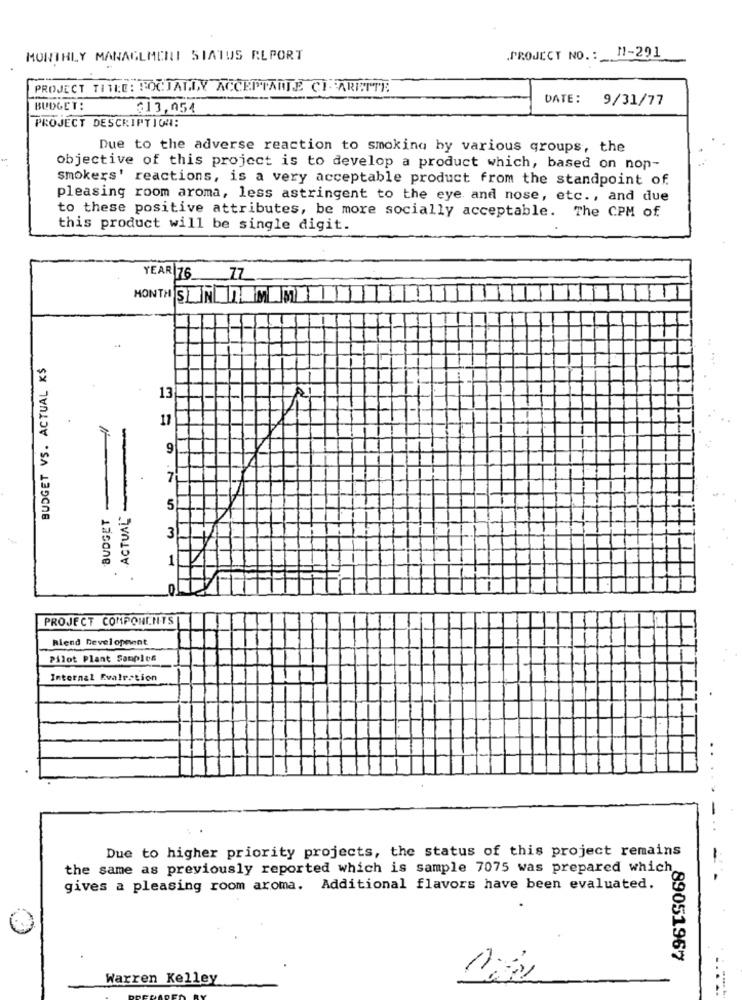
.PROJECT NO .: N1-291
MONTHLY MANAGEMENT STATUS REPORT
PROJECT TITLE: SOCJALDY ACCEPTANTE CI- ARETTE
DATE:
9/31/77
BUDGET:
$13,054
PROJECT DESCRIPTION:
Due to the adverse reaction to smoking by various groups, the
objective of this project is to develop a product which, based on non-
smokers' reactions, is a very acceptable product from the standpoint of
pleasing room aroma, less astringent to the eye and nose, etc ., and due
to these positive attributes, be more socially acceptable. The CPM of
this product will be single digit.
YEAR 16 ZZ
MONTH SONOMME
BUDGET VS. ACTUAL K$
13
11
-
9
7
BUDGET
ACTUAL
5
3
1
O
PROJECT COMPONENTS
Riend Development
Pilot Plant Samples
Internal Evalration
Due to higher priority projects, the status of this project remains
-
the same as previously reported which is sample 7075 was prepared which
gives a pleasing room aroma. Additional flavors have been evaluated.
89051967
Warren Kelley